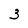
Character: 3